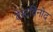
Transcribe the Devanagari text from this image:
वेस्टविनोद